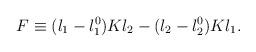
LaTeX: \begin{align*}F \equiv (\l_1 - \l_1^0) K \l_2 - (\l_2 -\l_2^0) K \l_1 .\end{align*}